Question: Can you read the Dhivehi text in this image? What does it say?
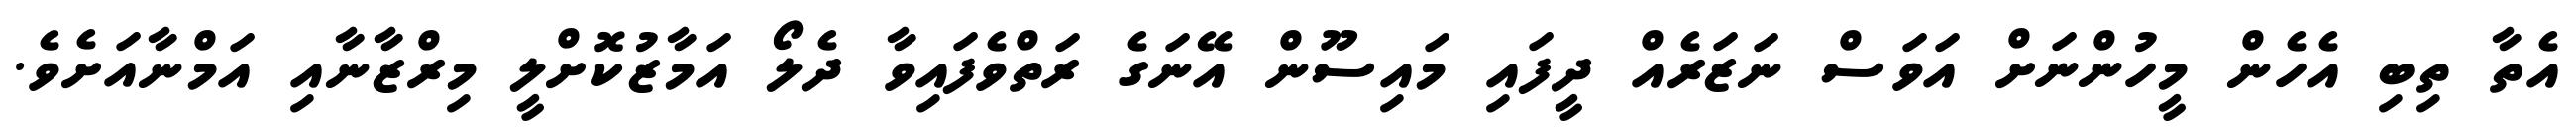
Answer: އެތާ ތިބި އެހެން މީހުންނަށް އަވަސް ނަޒަރެއް ދީފައި މައިސޫން އޭނަގެ ރަތްވެފައިވާ ދެލޯ އަމާޒުކޮށްލީ މިރްޒާނާއި އަމްނާއަށެވެ.